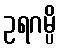
ဥရဂမ္ပိ